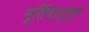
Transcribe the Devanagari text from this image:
मूर्तिजापूरहून